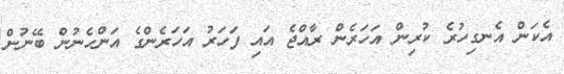
އެކަން އެނގިހުރެ ކުރިން އަހަރެން ރާއްޖެ އައި ފަހަރު އަހަރެންގެ އަންހެނުން ބޭނުން